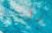
رؤيتهم